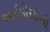
આઈપીસીસી